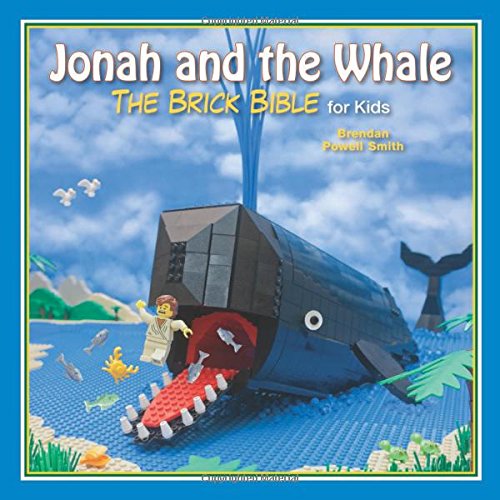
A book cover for Jonah and the Whale: The Brick Bible for Kids; Brendan Powell Smith; Children's Books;